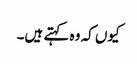
کیوں کہ وہ کہتے ہیں۔